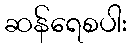
ဆန်ရေစပါး